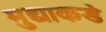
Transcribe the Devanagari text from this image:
मुद्याकडे